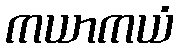
ကယာကယံ